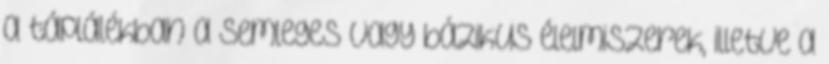
a táplálékban a semleges vagy bázikus élelmiszerek, illetve a